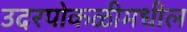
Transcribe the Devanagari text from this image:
उदरपोकळीमधील